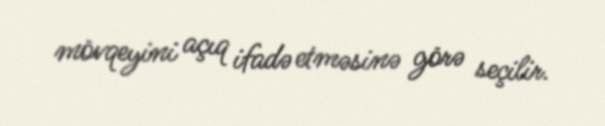
mövqeyini açıq ifadə etməsinə görə seçilir.